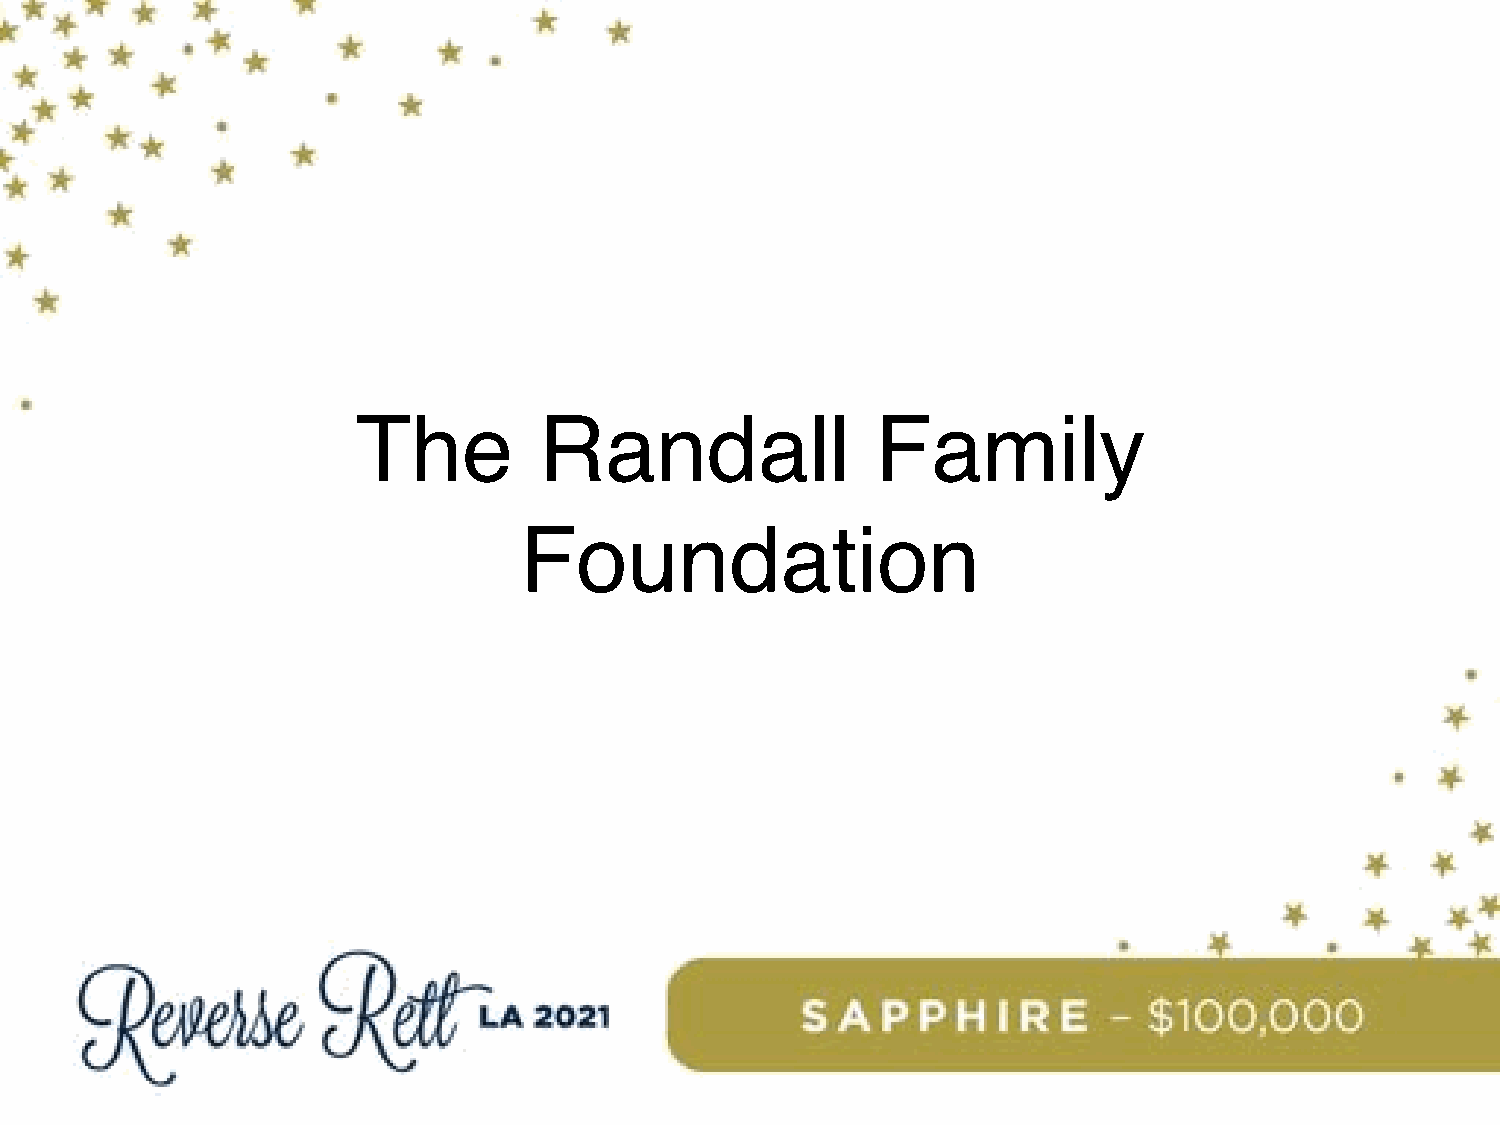
The         Randall               Family
 Foundation